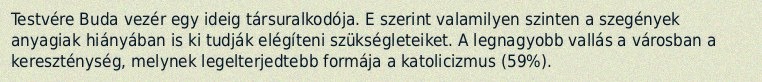
Testvére Buda vezér egy ideig társuralkodója. E szerint valamilyen szinten a szegények anyagiak hiányában is ki tudják elégíteni szükségleteiket. A legnagyobb vallás a városban a kereszténység, melynek legelterjedtebb formája a katolicizmus (59%).